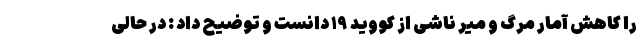
را کاهش آمار مرگ و میر ناشی از کووید ۱۹ دانست و توضیح داد : در حالی